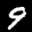
Label: 9